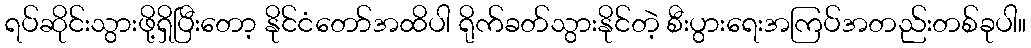
ရပ်ဆိုင်းသွားဖို့ရှိပြီးတော့ နိုင်ငံတော်အထိပါ ရိုက်ခတ်သွားနိုင်တဲ့ စီးပွားရေးအကြပ်အတည်းတစ်ခုပါ။